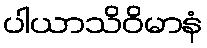
ပါယာသိဝိမာနံ